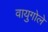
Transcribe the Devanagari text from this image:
वायुगोले